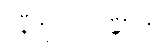
ဝိနီတုပ္ပလဝဏ္ဏာယ